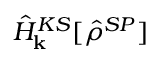
\hat { H } _ { \bf k } ^ { K S } [ \hat { \rho } ^ { S P } ]